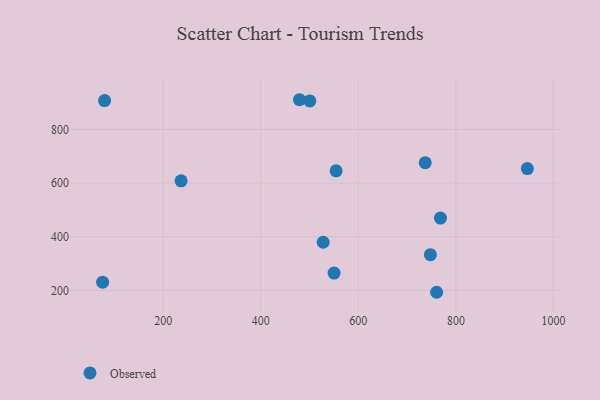
{"axis": {"x": "Price", "y": "Demand"}, "legend": ["Observed"], "data": [{"x": "946.6", "y": 654.1, "type": "Observed"}, {"x": "79.7", "y": 907.6, "type": "Observed"}, {"x": "500.6", "y": 906.3, "type": "Observed"}, {"x": "760.5", "y": 193.0, "type": "Observed"}, {"x": "768.4", "y": 469.6, "type": "Observed"}, {"x": "236.6", "y": 608.2, "type": "Observed"}, {"x": "479.3", "y": 910.6, "type": "Observed"}, {"x": "747.8", "y": 333.3, "type": "Observed"}, {"x": "527.9", "y": 379.5, "type": "Observed"}, {"x": "75.7", "y": 230.6, "type": "Observed"}, {"x": "737.1", "y": 676.0, "type": "Observed"}, {"x": "554.4", "y": 645.8, "type": "Observed"}, {"x": "550.3", "y": 264.6, "type": "Observed"}]}